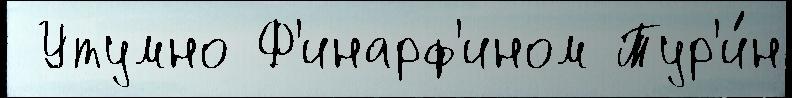
 Утумно Ф'инарф'ином Тур'и́н